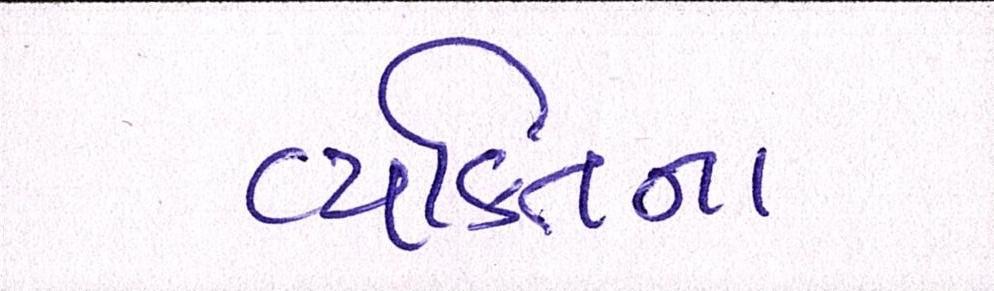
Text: વ્યક્તિના